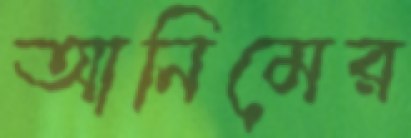
আনিমের